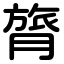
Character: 膂